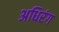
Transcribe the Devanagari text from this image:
अधिरंग